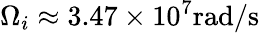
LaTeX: \Omega_{i}\approx 3.47\times 10^{7}\mathrm{rad/s}